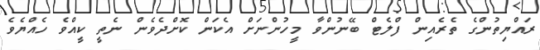
ރައްޔިތުންގެ ތެރެއިން ފްލެޓް ބޭނުންވާ މީހުންނަށް އެކަން ކޮށްދެވެން ނެތީ ކީއްވެ ހެއްޔެވެ